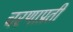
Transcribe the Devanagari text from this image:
चरणाप्रती